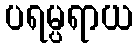
ပရမ္ပရာယ